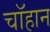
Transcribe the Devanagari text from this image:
चॉहान